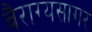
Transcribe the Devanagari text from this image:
वैराग्यसागर